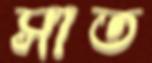
সাত